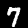
Label: 7